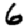
Digit: 6